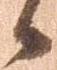
候